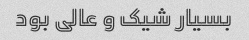
بسیار شیک و عالی بود